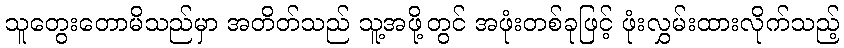
သူတွေးတောမိသည်မှာ အတိတ်သည် သူ့အဖို့တွင် အဖုံးတစ်ခုဖြင့် ဖုံးလွှမ်းထားလိုက်သည့်